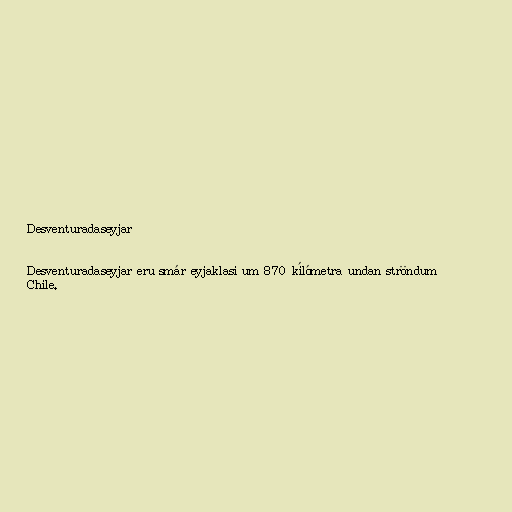
Desventuradaseyjar

Desventuradaseyjar eru smár eyjaklasi um 870 kílómetra undan ströndum
Chile.